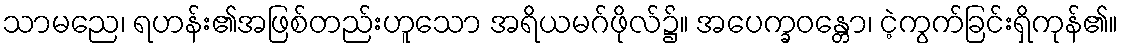
သာမညေ၊ ရဟန်း၏အဖြစ်တည်းဟူသော အရိယမဂ်ဖိုလ်၌။ အပေက္ခဝန္တော၊ ငဲ့ကွက်ခြင်းရှိကုန်၏။